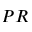
P R